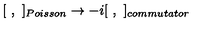
[ \ , \ ] _ { P o i s s o n } \to - i [ \ , \ ] _ { c o m m u t a t o r }